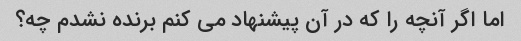
اما اگر آنچه را که در آن پیشنهاد می کنم برنده نشدم چه؟